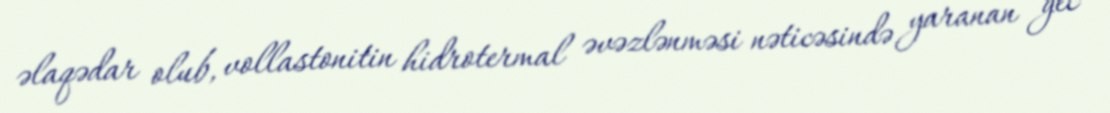
əlaqədar olub, vollastonitin hidrotermal əvəzlənməsi nəticəsində yaranan gec